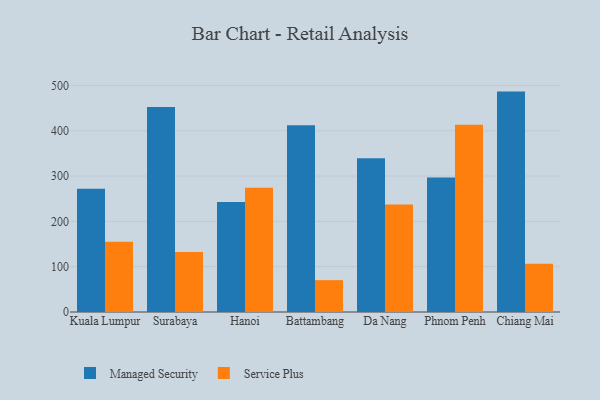
{"axis": {"x": "City", "y": "Operating Costs (USD K)"}, "legend": ["Managed Security", "Service Plus"], "data": [{"x": "Kuala Lumpur", "y": 271.8, "type": "Managed Security"}, {"x": "Kuala Lumpur", "y": 154.9, "type": "Service Plus"}, {"x": "Surabaya", "y": 452.5, "type": "Managed Security"}, {"x": "Surabaya", "y": 132.2, "type": "Service Plus"}, {"x": "Hanoi", "y": 242.7, "type": "Managed Security"}, {"x": "Hanoi", "y": 274.3, "type": "Service Plus"}, {"x": "Battambang", "y": 412.0, "type": "Managed Security"}, {"x": "Battambang", "y": 70.3, "type": "Service Plus"}, {"x": "Da Nang", "y": 339.3, "type": "Managed Security"}, {"x": "Da Nang", "y": 237.3, "type": "Service Plus"}, {"x": "Phnom Penh", "y": 297.0, "type": "Managed Security"}, {"x": "Phnom Penh", "y": 413.0, "type": "Service Plus"}, {"x": "Chiang Mai", "y": 486.3, "type": "Managed Security"}, {"x": "Chiang Mai", "y": 106.5, "type": "Service Plus"}]}